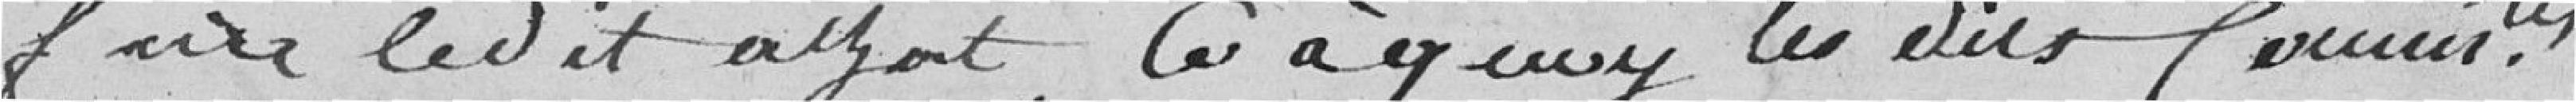
faire ledit achat, ce à quoi les dits Commissaires